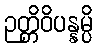
ဉတ္တိဝိပန္နမ္ပိ